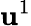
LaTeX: {\mathbf u}^{1}